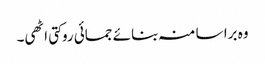
وہ برا سا منہ بنائے جمائی روکتی اٹھی۔